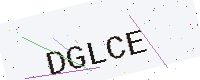
Text: DGLCE